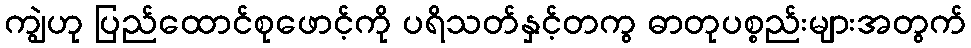
ကျွဲဟု ပြည်ထောင်စုဖောင့်ကို ပရိသတ်နှင့်တကွ ဓာတုပစ္စည်းများအတွက်